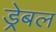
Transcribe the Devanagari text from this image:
ड्रेबल